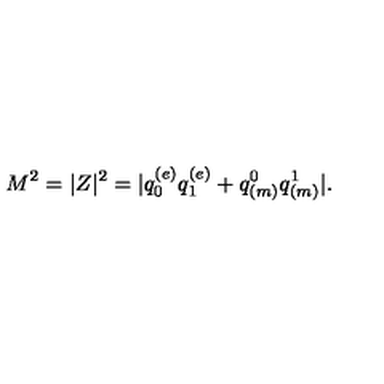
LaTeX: M ^ { 2 } = | Z | ^ { 2 } = | q _ { 0 } ^ { ( e ) } q _ { 1 } ^ { ( e ) } + q _ { ( m ) } ^ { 0 } q _ { ( m ) } ^ { 1 } | .